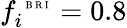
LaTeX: f_{i}^{\mathrm{~\tiny~B~R~I~}}=0.8